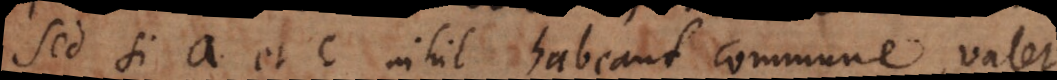
Sed si a et c nihil habeant commune, valet